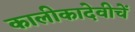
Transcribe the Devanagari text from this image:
कालीकादेवीचें